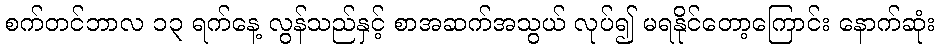
စက်တင်ဘာလ ၁၃ ရက်နေ့ လွန်သည်နှင့် စာအဆက်အသွယ် လုပ်၍ မရနိုင်တော့ကြောင်း နောက်ဆုံး